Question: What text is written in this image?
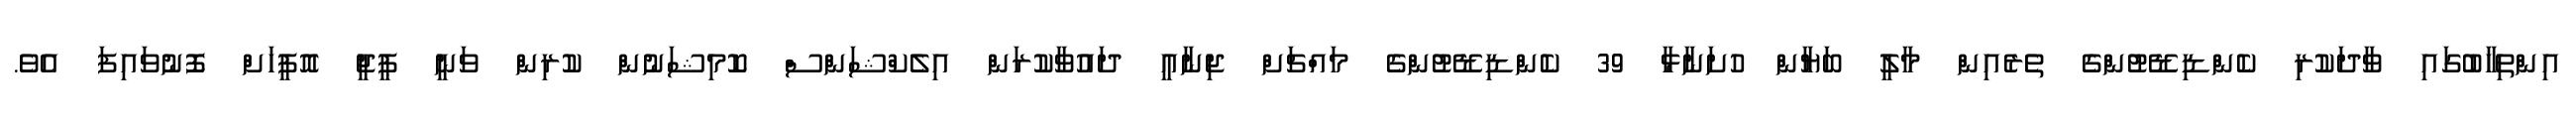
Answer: އިންތިހާބުގައި ވާދަކުރި ކެންޑިޑޭޓުންގެ ތެރެއިން މާލީ ބަޔާން ހުށަނާޅާ 39 ކެންޑިޑޭޓުންގެ މައްޗަށް ޖިނާއީ ދައުވާކުރަން އިލެކްޝަންސް ކޮމިޝަނުން ކުރިން ވަނީ ޕީޖީ އޮފީހަށް ފޮނުވައިފަ އެވެ.